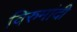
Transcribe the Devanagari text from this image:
विरुमांदी